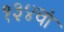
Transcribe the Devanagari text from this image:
१३४वां